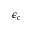
\epsilon _ { c }